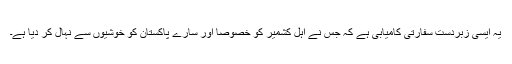
یہ ایسی زبردست سفارتی کامیابی ہے کہ جس نے اہل ِکشمیر کو خصوصاً اور سارے پاکستان کو خوشیوں سے نہال کر دیا ہے۔